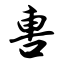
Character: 軎